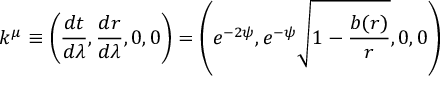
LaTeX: k ^ { \mu } \equiv \left( \frac { d t } { d \lambda } , \frac { d r } { d \lambda } , 0 , 0 \right) = \left( e ^ { - 2 \psi } , e ^ { - \psi } \sqrt { 1 - \frac { b ( r ) } { r } } , 0 , 0 \right)